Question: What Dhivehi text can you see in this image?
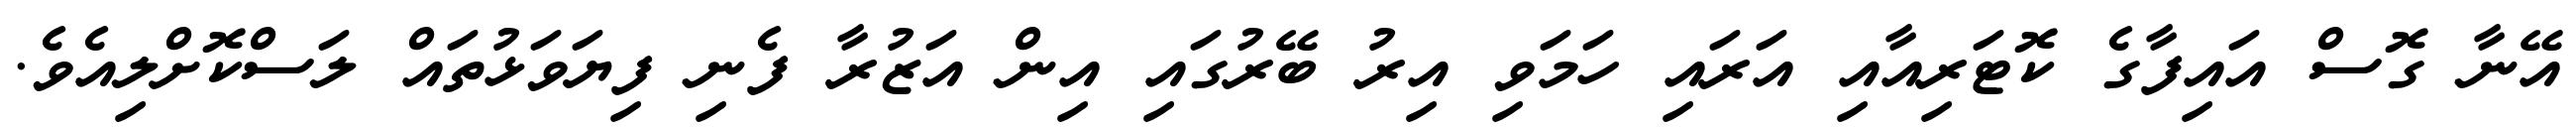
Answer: އޭނާ ގޮސް އައިފާގެ ކޮޓަރިއާއި އަރައި ހަމަވި އިރު ބޭރުގައި އިން އަޒުރާ ފެނި ފިޔަވަޅުތައް ލަސްކޮށްލިއެވެ.